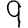
Digit: 9